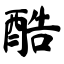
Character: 酷